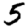
Digit: 5